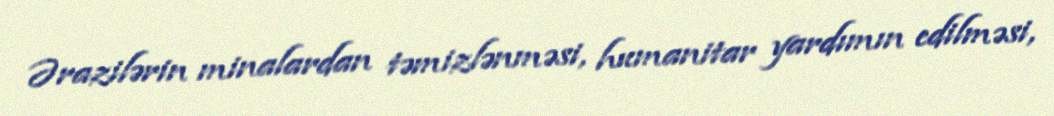
Ərazilərin minalardan təmizlənməsi, humanitar yardımın edilməsi,